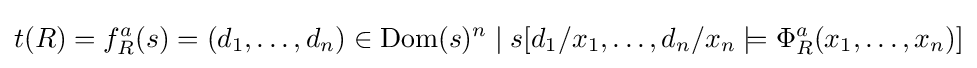
t(R)=f_{R}^{a}(s)=(d_{1},\ldots ,d_{n})\in \operatorname {Dom} (s)^{n}\mid s[d_{1}/x_{1},\ldots ,d_{n}/x_{n}\models \Phi _{R}^{a}(x_{1},\ldots ,x_{n})]